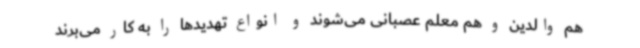
هم والدین و هم معلم عصبانی می‌شوند و انواع تهدیدها را به کار می‌برند